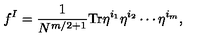
f ^ { I } = \frac { 1 } { N ^ { m / 2 + 1 } } \mathrm { T r } \eta ^ { i _ { 1 } } \eta ^ { i _ { 2 } } \cdots \eta ^ { i _ { m } } ,